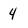
Character: 4